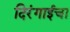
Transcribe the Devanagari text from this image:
दिरंगाईचा